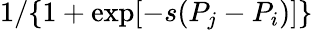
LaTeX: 1/\{ 1+\exp[-s({P}_{j}-{P}_{i})]\}